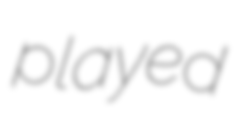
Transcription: played